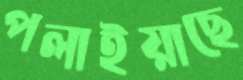
পলাইয়াছে